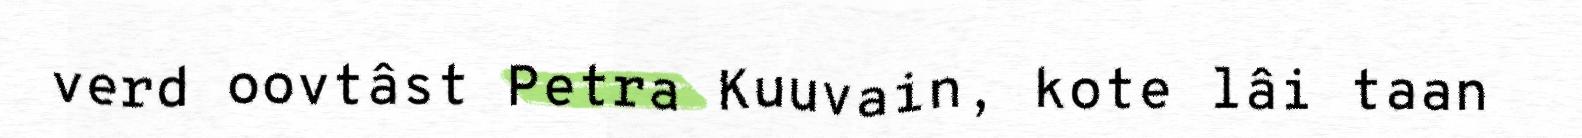
verd oovtâst Petra Kuuvain, kote lâi taan